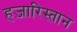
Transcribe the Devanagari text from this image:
हज़ारिस्तान